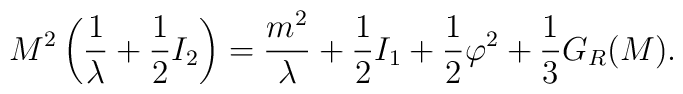
M^{2}\left(\frac{1}{\lambda} + \frac{1}{2} I_{2}\right)=\frac{m^{2}}{\lambda} +\frac{1}{2}I_{1}+\frac{1}{2}\varphi^{2}+\frac{1}{3} G_{R}(M).